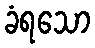
ခံရသော